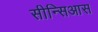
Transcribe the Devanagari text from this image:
सीन्सिआस